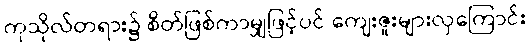
ကုသိုလ်တရား၌ စိတ်ဖြစ်ကာမျှဖြင့်ပင် ကျေးဇူးများလှကြောင်း